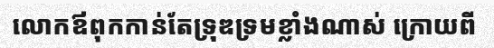
លោកឪពុកកាន់តែទ្រុឌទ្រមខ្លាំងណាស់ ក្រោយពី